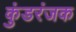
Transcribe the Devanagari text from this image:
कुंडरंजक